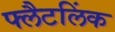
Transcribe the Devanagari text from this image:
फ्लैटलिंक